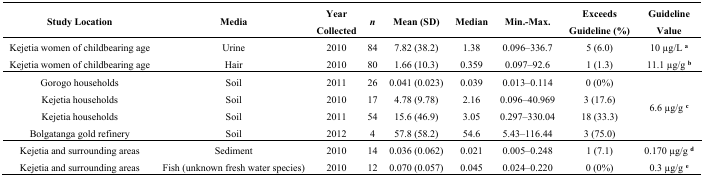
<table><thead><tr><td><b>Study Location</b></td><td><b>Media</b></td><td><b>Year Collected</b></td><td><b><i>n</i></b></td><td><b>Mean (SD)</b></td><td><b>Median</b></td><td><b>Min.-Max.</b></td><td><b>Exceeds Guideline (%)</b></td><td><b>Guideline Value</b></td></tr></thead><tbody><tr><td>Kejetia women of childbearing age</td><td>Urine</td><td>2010</td><td>84</td><td>7.82 (38.2)</td><td>1.38</td><td>0.096–336.7</td><td>5 (6.0)</td><td>10 μg/L <b><sup>a</sup></b></td></tr><tr><td>Kejetia women of childbearing age</td><td>Hair</td><td>2010</td><td>80</td><td>1.66 (10.3)</td><td>0.359</td><td>0.097–92.6</td><td>1 (1.3)</td><td>11.1 μg/g <b><sup>b</sup></b></td></tr><tr><td>Gorogo households</td><td>Soil</td><td>2011</td><td>26</td><td>0.041 (0.023)</td><td>0.039</td><td>0.013–0.114</td><td>0 (0%)</td><td rowspan="4">6.6 μg/g <b><sup>c</sup></b></td></tr><tr><td>Kejetia households</td><td>Soil</td><td>2010</td><td>17</td><td>4.78 (9.78)</td><td>2.16</td><td>0.096–40.969</td><td>3 (17.6)</td></tr><tr><td>Kejetia households</td><td>Soil</td><td>2011</td><td>54</td><td>15.6 (46.9)</td><td>3.05</td><td>0.297–330.04</td><td>18 (33.3)</td></tr><tr><td>Bolgatanga gold refinery</td><td>Soil</td><td>2012</td><td>4</td><td>57.8 (58.2)</td><td>54.6</td><td>5.43–116.44</td><td>3 (75.0)</td></tr><tr><td>Kejetia and surrounding areas</td><td>Sediment</td><td>2010</td><td>14</td><td>0.036 (0.062)</td><td>0.021</td><td>0.005–0.248</td><td>1 (7.1)</td><td>0.170 μg/g <b><sup>d</sup></b></td></tr><tr><td>Kejetia and surrounding areas</td><td>Fish (unknown fresh water species)</td><td>2010</td><td>12</td><td>0.070 (0.057)</td><td>0.045</td><td>0.024–0.220</td><td>0 (0%)</td><td>0.3 μg/g <b><sup>e</sup></b></td></tr></tbody></table>